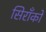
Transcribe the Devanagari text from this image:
सिराँको